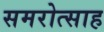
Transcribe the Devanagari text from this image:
समरोत्साह